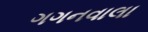
ગગનવાલા